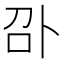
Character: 𠧙